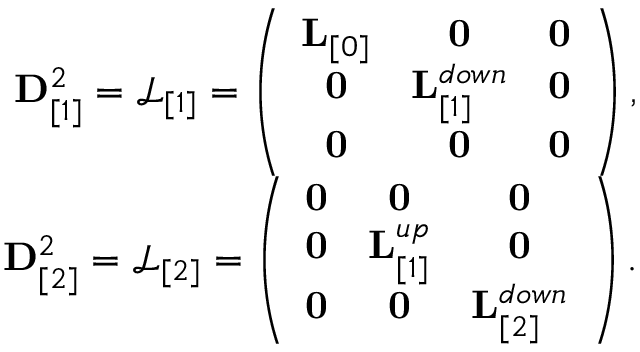
\begin{array} { r } { { \bf D } _ { [ 1 ] } ^ { 2 } = \mathcal { L } _ { [ 1 ] } = \left( \begin{array} { c c c } { { \bf L } _ { [ 0 ] } } & { { \bf 0 } } & { { \bf 0 } } \\ { { \bf 0 } } & { { \bf L } _ { [ 1 ] } ^ { d o w n } } & { { \bf 0 } } \\ { { \bf 0 } } & { { \bf 0 } } & { { \bf 0 } } \end{array} \right) , } \\ { { \bf D } _ { [ 2 ] } ^ { 2 } = \mathcal { L } _ { [ 2 ] } = \left( \begin{array} { c c c } { { \bf 0 } } & { { \bf 0 } } & { { \bf 0 } } \\ { { \bf 0 } } & { { \bf L } _ { [ 1 ] } ^ { u p } } & { { \bf 0 } } \\ { { \bf 0 } } & { { \bf 0 } } & { { \bf L } _ { [ 2 ] } ^ { d o w n } } \end{array} \right) . } \end{array}